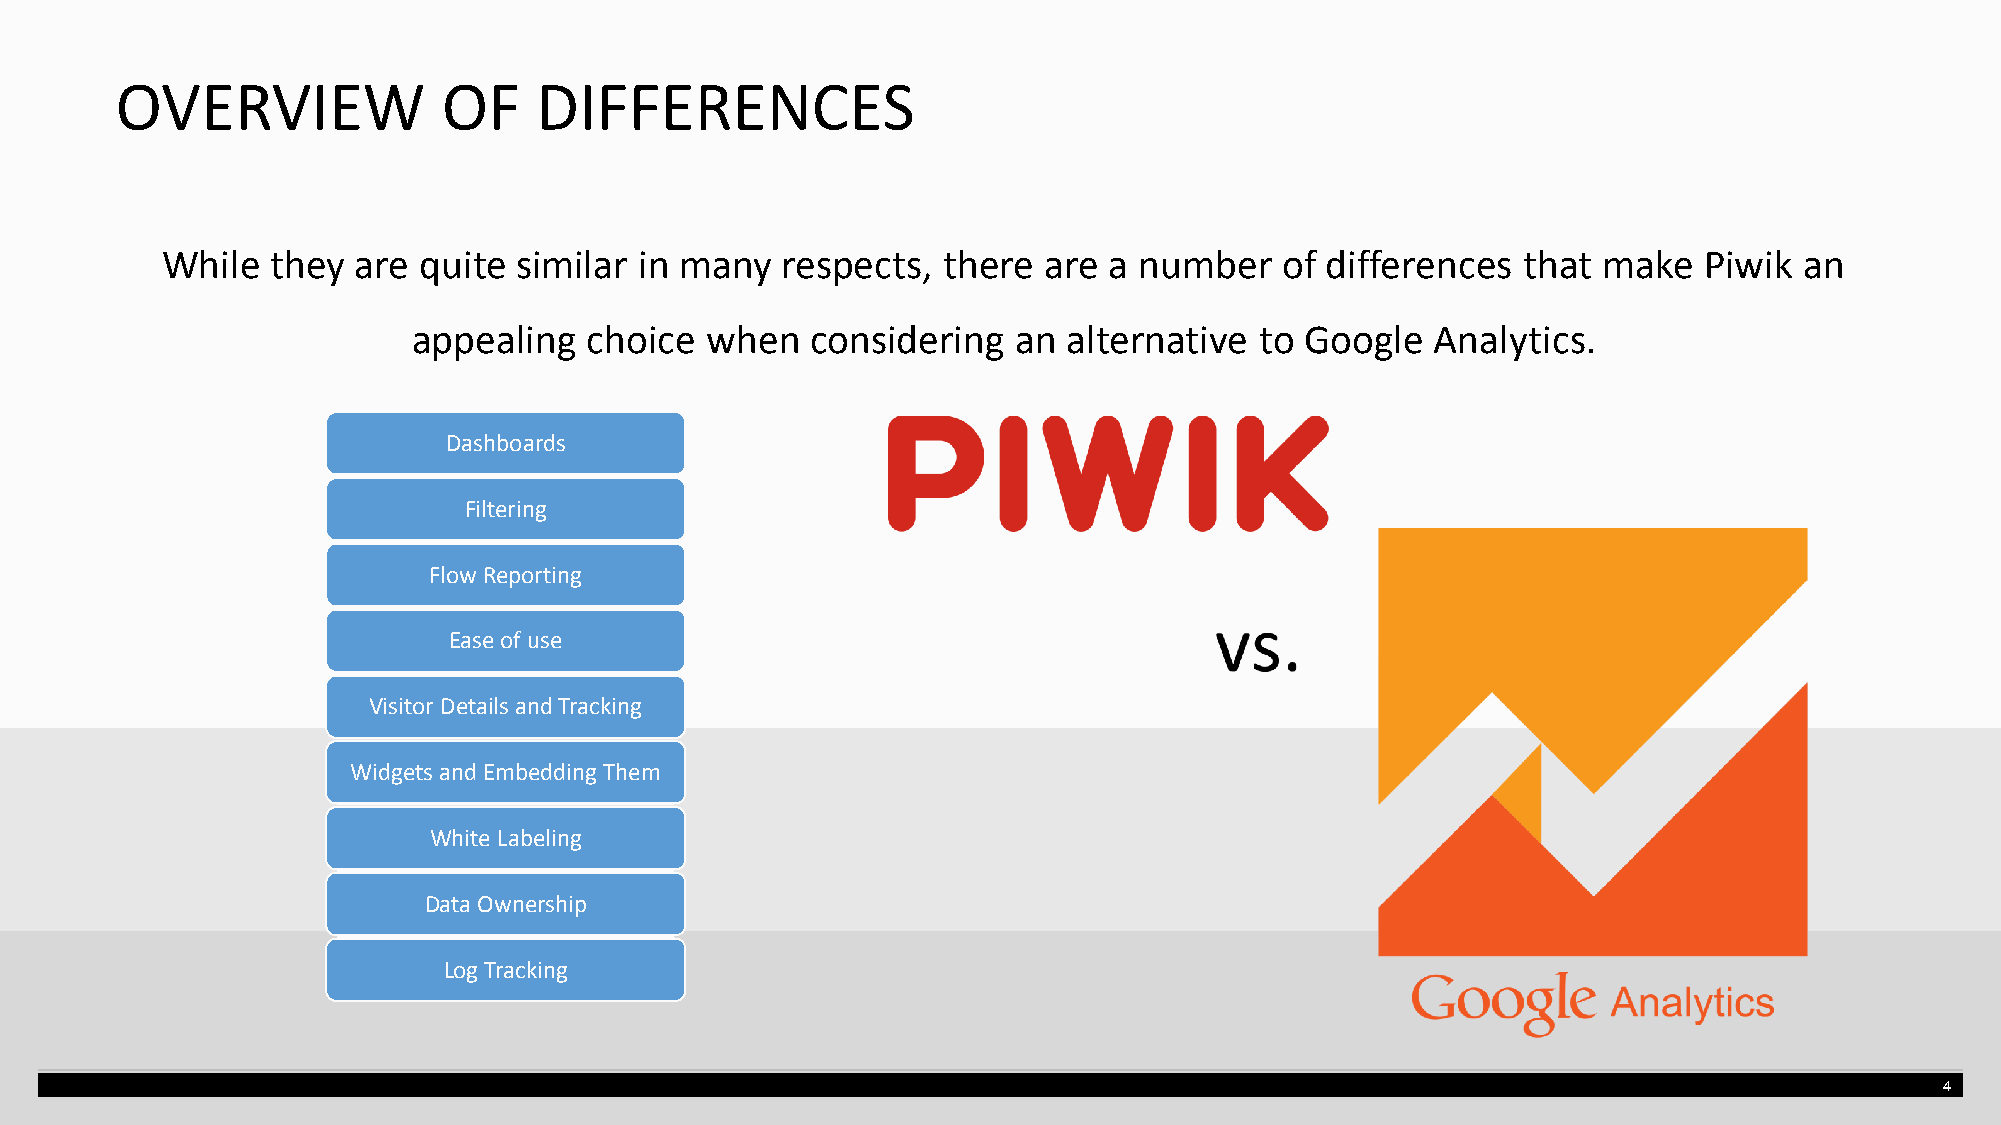
OVERVIEW             OF    DIFFERENCES
 While  they are  quite similar in many   respects, there  are a number    of differences  that make   Piwik an
 appealing   choice  when   considering  an  alternative to Google   Analytics.
 Dashboards
 Filtering
 Flow Reporting
 Ease of use
 Visitor Details and Tracking
 Widgets and Embedding Them
 White Labeling
 Data Ownership
 Log Tracking
 4